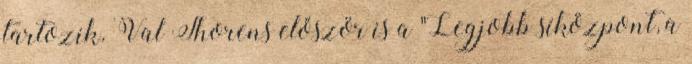
tartozik. Val Thorens először is a "Legjobb síközpont, a